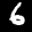
Label: 6